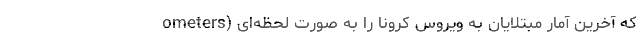
ometers) که آخرین آمار مبتلایان به ویروس کرونا را به صورت لحظه‌ای